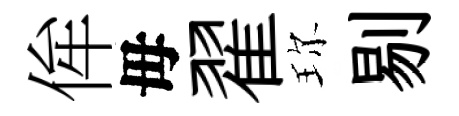
侔毋翟珎剔